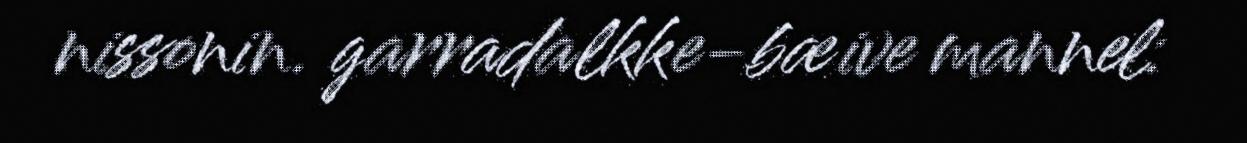
nissonin. garradalkke-bæive mannel: